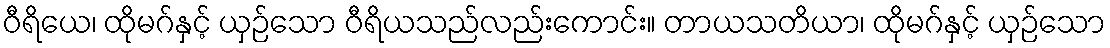
ဝီရိယေ၊ ထိုမဂ်နှင့် ယှဉ်သော ဝီရိယသည်လည်းကောင်း။ တာယသတိယာ၊ ထိုမဂ်နှင့် ယှဉ်သော